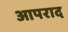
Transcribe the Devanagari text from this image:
आपराद